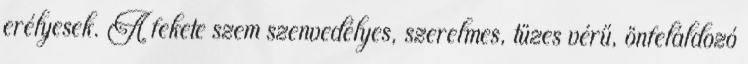
erélyesek. A fekete szem szenvedélyes, szerelmes, tüzes vérű, önfeláldozó